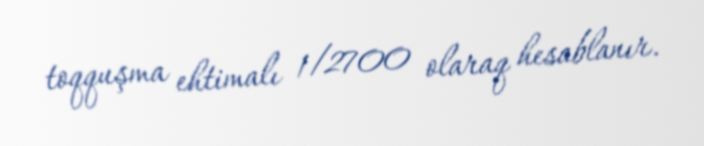
toqquşma ehtimalı 1/2700 olaraq hesablanır.